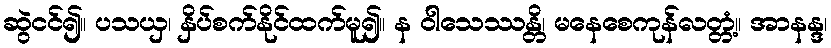
ဆွဲငင်၍။ ပသယှ၊ နှိပ်စက်နိုင်ထက်မူ၍။ န ဝါသေဿန္တိ၊ မနေစေကုန်လတ္တံ့။ အာနန္ဒ၊